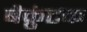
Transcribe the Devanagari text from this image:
बैक्रुंटक